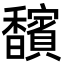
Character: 馪